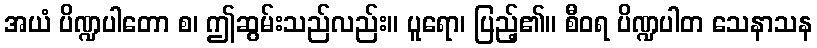
အယံ ပိဏ္ဍပါတော စ၊ ဤဆွမ်းသည်လည်း။ ပူရော၊ ပြည့်၏။ စီဝရ ပိဏ္ဍပါတ သေနာသန